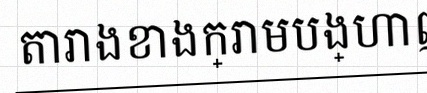
តារាងខាងក្រោមបង្ហាញពីទិន្នន័យ